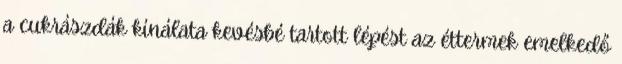
a cukrászdák kínálata kevésbé tartott lépést az éttermek emelkedő